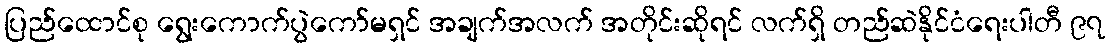
ပြည်ထောင်စု ရွေးကောက်ပွဲကော်မရှင် အချက်အလက် အတိုင်းဆိုရင် လက်ရှိ တည်ဆဲနိုင်ငံရေးပါတီ ၉၇